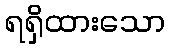
ရရှိထားသော